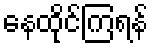
နေထိုင်ကြရန်